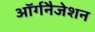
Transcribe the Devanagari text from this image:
ऑर्गनैजेशन